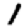
Digit: 1